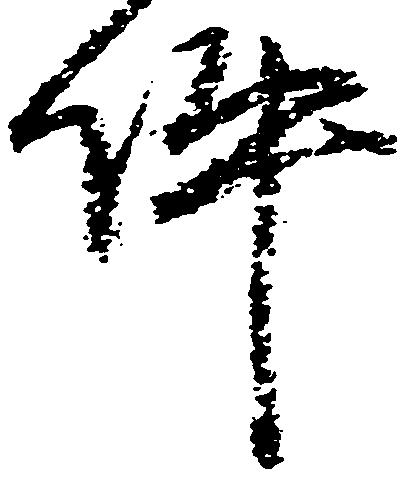
件